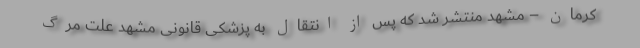
کرمان – مشهد منتشر شد که پس از انتقال به پزشکی قانونی مشهد علت مرگ